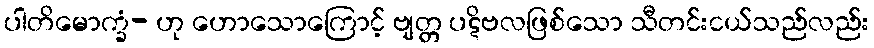
ပါတိမောက္ခံ- ဟု ဟောသောကြောင့် ဗျတ္တ ပဋိဗလဖြစ်သော သီတင်းငယ်သည်လည်း